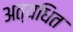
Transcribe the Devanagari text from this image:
अत्यधित